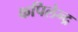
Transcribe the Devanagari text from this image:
कपिलेन्द्र